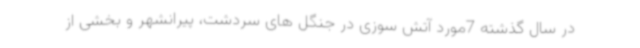
در سال گذشته 7مورد آتش سوزی در جنگل های سردشت، پیرانشهر و بخشی از